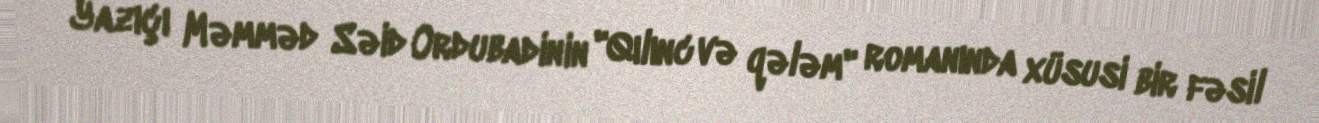
Yazıçı Məmməd Səid Ordubadinin "Qılınc və qələm" romanında xüsusi bir fəsil